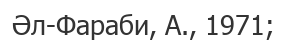
Әл-Фараби, А., 1971;